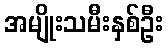
အမျိုးသမီးနှစ်ဦး